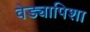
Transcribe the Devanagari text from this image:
वेड्यापिशा